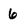
Character: 6